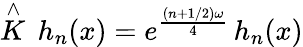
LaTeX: \stackrel{\wedge}{K}\, h_{n}(x)=e^{\frac{(n+1/2)\omega}{4}}\, h_{n}(x)